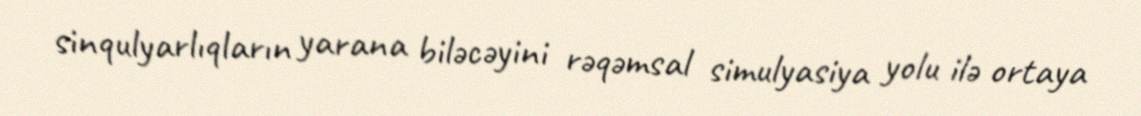
sinqulyarlıqların yarana biləcəyini rəqəmsal simulyasiya yolu ilə ortaya